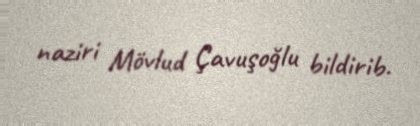
naziri Mövlud Çavuşoğlu bildirib.